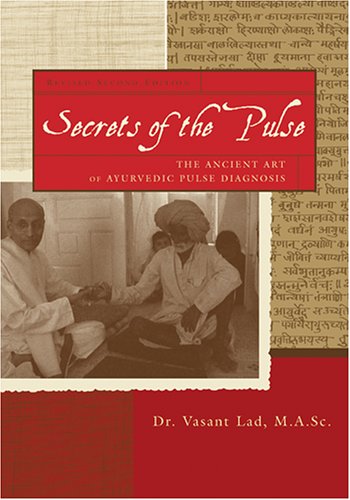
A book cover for Secrets of the Pulse: The Ancient Art of Ayurvedic Pulse Diagnosis; Vasant D. Lad M.A.Sc.; Health, Fitness & Dieting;